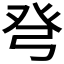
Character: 𰤍